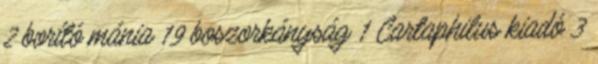
2 borító mánia 19 boszorkányság 1 Cartaphilus kiadó 3